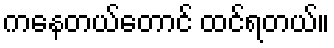
ကနေတယ်တောင် ထင်ရတယ်။